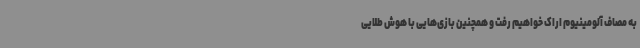
به مصاف آلومینیوم اراک خواهیم رفت و همچنین بازی‌هایی با هوش طلایی